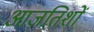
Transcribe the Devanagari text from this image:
आज़तिशों